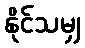
နိုင်သမျှ